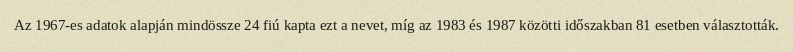
Az 1967-es adatok alapján mindössze 24 fiú kapta ezt a nevet, míg az 1983 és 1987 közötti időszakban 81 esetben választották.